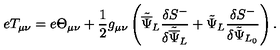
e T _ { \mu \nu } = e \Theta _ { \mu \nu } + \frac { 1 } { 2 } g _ { \mu \nu } \left( { \tilde { \overline { \Psi } } } _ { L } \frac { \delta { S } ^ { - } } { \delta { \tilde { \overline { \Psi } } } _ { L } } + { \tilde { \Psi } } _ { L } \frac { \delta { S } ^ { - } } { \delta { \tilde { \Psi } } _ { L _ { 0 } } } \right) .